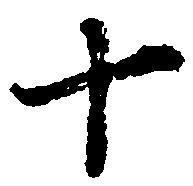
十